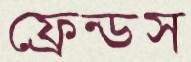
ফ্রেন্ডস